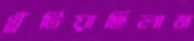
খুঁটিয়াছিলাম